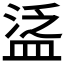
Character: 𥁷